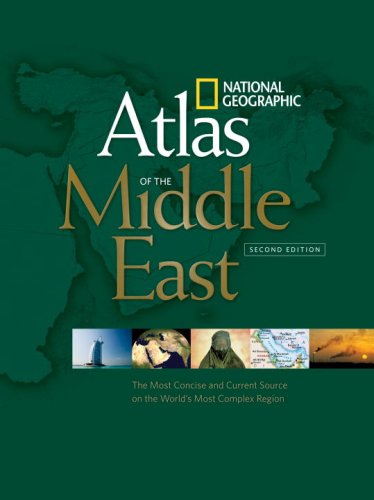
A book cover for National Geographic Atlas of the Middle East, Second Edition; National Geographic; History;